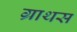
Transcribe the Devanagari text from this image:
ग्राथस